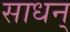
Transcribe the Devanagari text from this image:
साधन्